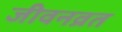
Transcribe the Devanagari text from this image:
जीवनव्रत